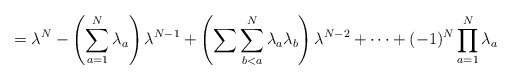
\begin{align*}=\lambda^N-\left( \sum_{a=1}^N \lambda_a\right)\lambda^{N-1}+\left( \sum\sum_{b<a}^N \lambda_a\lambda_b\right)\lambda^{N-2}+\dots+(-1)^N \prod_{a=1}^N\lambda_a\end{align*}